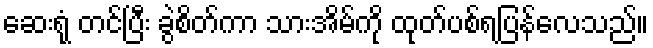
ဆေးရုံ တင်ပြီး ခွဲစိတ်ကာ သားအိမ်ကို ထုတ်ပစ်ရပြန်လေသည်။